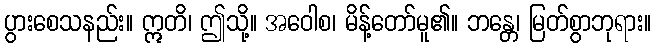
ပွားစေသနည်း။ ဣတိ၊ ဤသို့။ အဝေါစ၊ မိန့်တော်မူ၏။ ဘန္တေ၊ မြတ်စွာဘုရား။